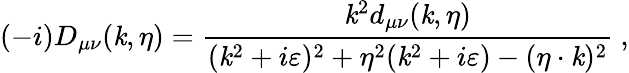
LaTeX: (-i)D_{\mu\nu}(\mathit{k},\eta)={\frac{{\mathit{k}^{2}d_{\mu\nu}(\mathit{k},\eta)}}{{(\mathit{k}^{2}+i\varepsilon)^{2}+\eta^{2}(\mathit{k}^{2}+i\varepsilon)-(\eta\cdot\mathit{k})^{2}}}}\ ,